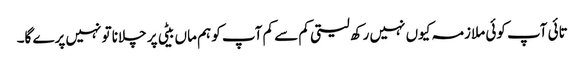
تائی آپ کوئی ملازمہ کیوں نہیں رکھ لیتی کم سے کم آپ کو ہم ماں بیٹی پر چلانا تو نہیں پرے گا۔